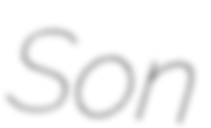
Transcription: Son